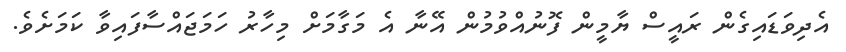
އެދިވަޑައިގެން ރައީސް ޔާމީން ފޮނުއްވުމުން އޭނާ އެ މަގާމަށް މިހާރު ހަމަޖައްސާފައިވާ ކަމަށެވެ.